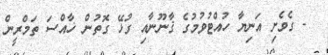
- ގެވެށި އަނިޔާ ހުއްޓުވުމުގެ ޤާނޫނާއި ގުޅޭ ގޮތުން ޚާއްސަ ތަމްރީން